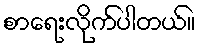
စာရေးလိုက်ပါတယ်။